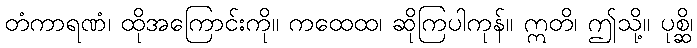
တံကာရဏံ၊ ထိုအကြောင်းကို။ ကထေထ၊ ဆိုကြပါကုန်။ ဣတိ၊ ဤသို့။ ပုစ္ဆိ၊